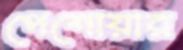
পেশোয়ার